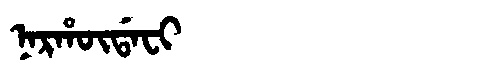
Manchu: ᠨᠠᡵᡥᡡᡩᠠᠸᡳ
Romanization: NARHŪDAFI